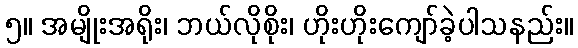
၅။ အမျိုးအရိုး၊ ဘယ်လိုစိုး၊ ဟိုးဟိုးကျော်ခဲ့ပါသနည်း။